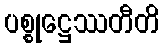
ပစ္စုဋ္ဌေဿတီတိ